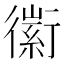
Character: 䘗